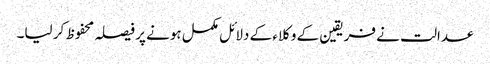
عدالت نے فریقین کے وکلاء کے دلائل مکمل ہونے پر فیصلہ محفوظ کر لیا۔